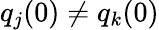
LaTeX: q_{j}(0)\neq q_{k}(0)